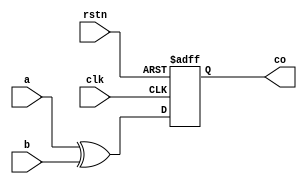
module xor_oper
    #(parameter         N = 4)
     (
      input             clk ,
      input             rstn ,
      input [N-1:0]     a ,
      input [N-1:0]     b ,
      output [N-1:0]    co  );
 
    reg [N-1:0]          co_t ;
    always @(*) begin          //
        xor_oper_iner(a, b, co_t);
    end
 
    reg [N-1:0]          co_r ;
    always @(posedge clk or negedge rstn) begin
        if (!rstn) begin
            co_r   <= 'b0 ;
        end
        else begin
            co_r   <= co_t ;         //
        end
    end
    assign       co = co_r ;
 
   /*------------ task -------*/
    task xor_oper_iner;
        input [N-1:0]   numa;
        input [N-1:0]   numb;
        output [N-1:0]  numco ;
        #3  numco       = numa ^ numb ;   //
    endtask
 
endmodule